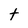
Character: t